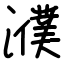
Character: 濮